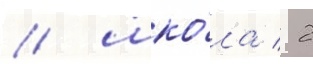
/ шко́ла / 2